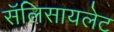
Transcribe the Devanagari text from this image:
सॅलिसायलेट